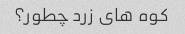
کوه های زرد چطور؟